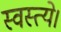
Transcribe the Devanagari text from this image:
स्वस्त्ये।